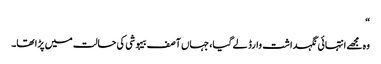
“
وہ مجھے انتہائی نگہداشت وارڈ لے گیا، جہاں آصف بیہوشی کی حالت میں پڑا تھا۔